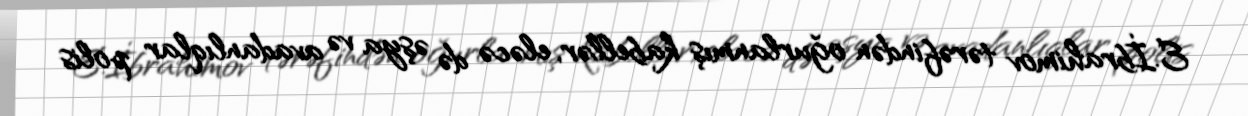
E.İbrahimov tərəfindən oğurlanmış kabellər, eləcə də əşya və avadanlıqlar polis